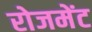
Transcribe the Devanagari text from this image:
रोजमेंट